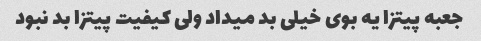
جعبه پیتزا یه بوی خیلی بد میداد ولی کیفیت پیتزا بد نبود